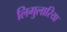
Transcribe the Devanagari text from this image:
लिगुलारिया